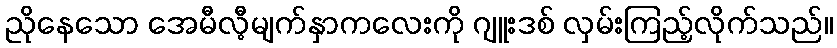
ညိုနေသော အေမီလီ့မျက်နှာကလေးကို ဂျူးဒစ် လှမ်းကြည့်လိုက်သည်။